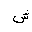
Letter: _shin